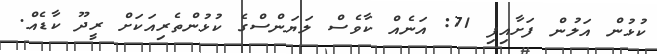
ކުޅުން އަލުން ފަށާއިފި 71: އަނެއް ކާވެސް ލަޔަންސްގެ ކުޅުންތެރިއަކަށް ރީދޫ ކާޑެއް.